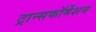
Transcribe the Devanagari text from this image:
ट्रान्सफॉर्मेशन